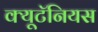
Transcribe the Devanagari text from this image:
क्यूटॅनियस